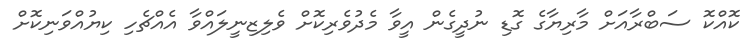
ކޮއްކޮ ސަބްރާއަށް މާރިޔާގެ ގޮޑި ނުދީގެން އީވާ މެދުވެރިކޮށް ވެލިޒިނީލައްވާ އެއްޗެހި ކިޔުއްވަނިކޮށް